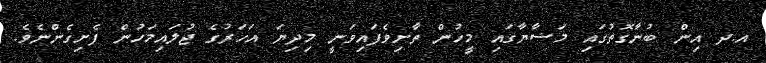
އ.ދ އިން ބުނާގޮތުގައި މަޟާޔާގައި މީހުން ތާށިވެފައިވަނީ މިދިޔަ އަހަރުގެ ޖުލައިމަހުން ފެށިގެންނެވެ.